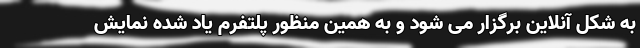
به شکل آنلاین برگزار می شود و به همین منظور پلتفرم یاد شده نمایش